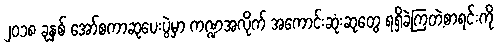
၂၀၁၈ ခုနှစ် အော်စကာဆုပေးပွဲမှာ ကဏ္ဍအလိုက် အကောင်းဆုံးဆုတွေ ရရှိခဲ့ကြတဲ့စာရင်းကို